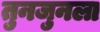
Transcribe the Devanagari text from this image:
तुनजुनला